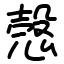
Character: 愨